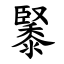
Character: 䵖